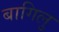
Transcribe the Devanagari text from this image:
बागिलु